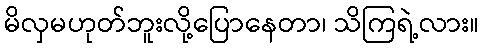
မိလှမဟုတ်ဘူးလို့ပြောနေတာ၊ သိကြရဲ့လား။